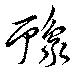
豫